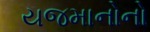
યજમાનોનો